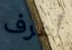
أعرف